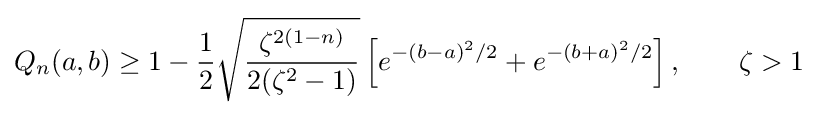
Q_{n}(a,b)\geq 1-{\frac {1}{2}}{\sqrt {\frac {\zeta ^{2(1-n)}}{2(\zeta ^{2}-1)}}}\left[e^{-(b-a)^{2}/2}+e^{-(b+a)^{2}/2}\right],\qquad \zeta >1